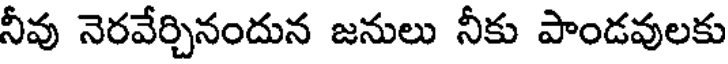
నీవు నెరవేర్చినందున జనులు నీకు పాండవులకు